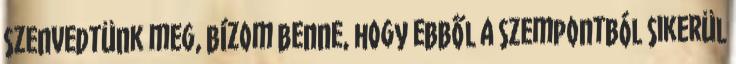
szenvedtünk meg, bízom benne, hogy ebből a szempontból sikerül